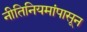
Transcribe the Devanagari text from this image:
नीतिनियमांपासून